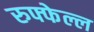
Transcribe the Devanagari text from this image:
रुफ्फेल्ल